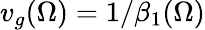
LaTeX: v_{g}(\Omega)=1/\beta_{1}(\Omega)